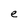
Character: e